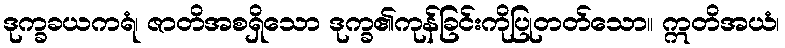
ဒုက္ခခယကရံ၊ ဇာတိအစရှိသော ဒုက္ခ၏ကုန်ခြင်းကိုပြုတတ်သော။ ဣတိအယံ၊